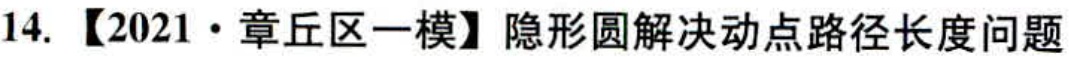
14. 【2021·章丘区一模】隐形圆解决动点路径长度问题